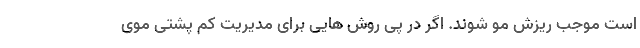
است موجب ریزش مو شوند. اگر در پی روش هایی برای مدیریت کم پشتی موی